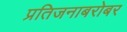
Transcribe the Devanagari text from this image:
प्रतिजनाबरोबर